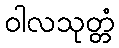
ဝါလသုတ္တံ